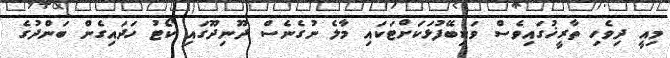
މިއީ ދިވެހި ތާރީޚުގައިވެސް ވަކިބޭފުޅަކަށްޓަކައި މާލެ ނުގެނެސް ދޫނިދޫގައި ކޯޓު ހަދައިގެން ބަންދުގެ